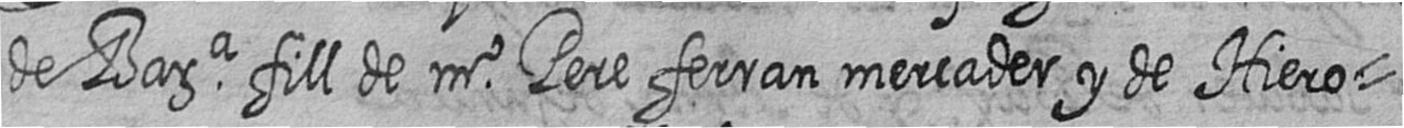
de Bara fill de mr Pere ferran mercader y de Hiero=